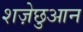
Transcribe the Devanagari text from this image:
शज़ेछुआन